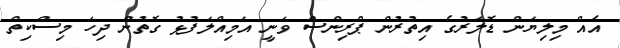
އެއް މިލިޔަން ޑޮލަރުގެ އިތުރުން ޕްރިންސް ވަނީ އަމިއްލަފުޅު ގޮތުން ދިހަ މިސްކިތް